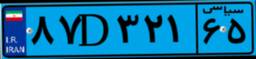
۸۲D۰۰۹۵۳